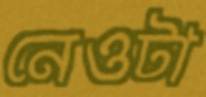
নেওটা